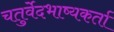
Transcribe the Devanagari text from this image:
चतुर्वेदभाष्यकर्ता